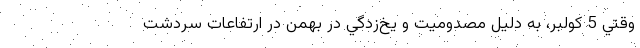
وقتي 5 كولبر، به دليل مصدوميت و يخ‌زدگي در بهمن در ارتفاعات سردشت